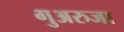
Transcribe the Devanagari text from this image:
गुअरुजा